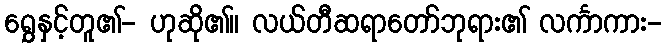
ရွှေနှင့်တူ၏- ဟုဆို၏။ လယ်တီဆရာတော်ဘုရား၏ လင်္ကာကား-